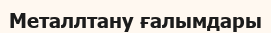
Металлтану ғалымдары